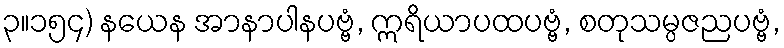
၃။၁၅၄) နယေန အာနာပါနပဗ္ဗံ, ဣရိယာပထပဗ္ဗံ, စတုသမ္ပဇညပဗ္ဗံ,